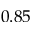
0 . 8 5